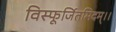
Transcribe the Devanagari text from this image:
विस्फूर्जितमिदम्।।